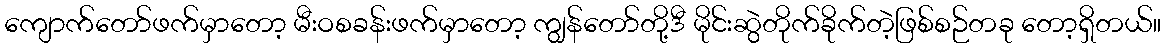
ကျောက်တော်ဖက်မှာတော့ မီးဝစခန်းဖက်မှာတော့ ကျွန်တော်တို့ဒီ မိုင်းဆွဲတိုက်ခိုက်တဲ့ဖြစ်စဉ်တခု တော့ရှိတယ်။